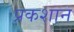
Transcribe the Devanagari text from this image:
प्रकशान